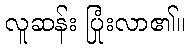
လူဆန်း ပြုံးလာ၏။